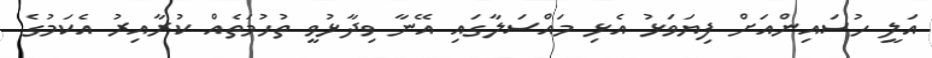
އަލީ ހުސައިންއަށް ފިޔަވަޅު އެޅި މައްސަލާގައި އޭނާ ވިދާޅުވީ ތުހުމަތެއް ކުރާއިރު އެކަމުގެ